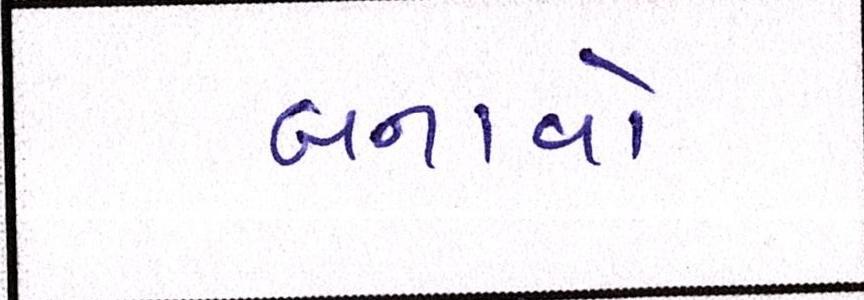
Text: બનાવો